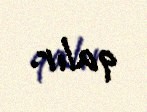
qalır.